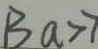
B a > 7